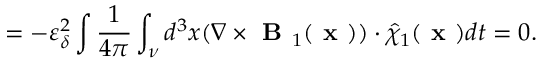
= - \varepsilon _ { \delta } ^ { 2 } \intop \frac { 1 } { 4 \pi } \int _ { \nu } d ^ { 3 } x ( \nabla \times \textbf { B } _ { 1 } ( \textbf { x } ) ) \boldsymbol { \cdot } \hat { \chi } _ { 1 } ( \textbf { x } ) d t = 0 .